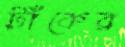
টাঁকের